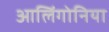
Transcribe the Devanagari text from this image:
आलिंगोनिया